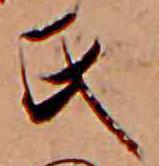
氏